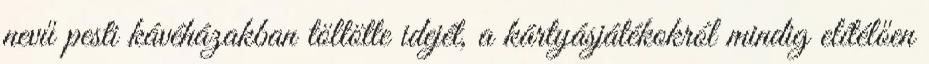
nevű pesti kávéházakban töltötte idejét, a kártyásjátékokról mindig elítélően